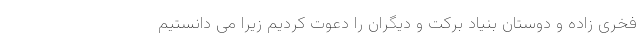
فخری زاده و دوستان بنیاد برکت و دیگران را دعوت کردیم زیرا می دانستیم